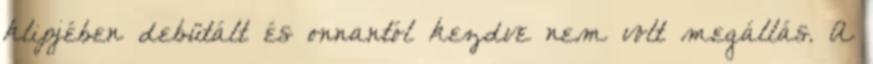
klipjében debütált és onnantól kezdve nem volt megállás. A